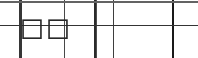
٨٤